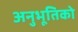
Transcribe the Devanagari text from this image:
अनुभूतिको